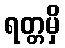
ရတ္တမှိ